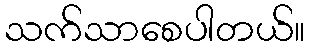
သက်သာစေပါတယ်။